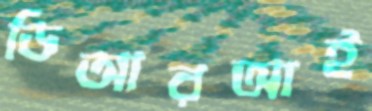
ডিআরআই